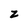
Character: z